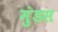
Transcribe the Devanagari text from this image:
मुंडस